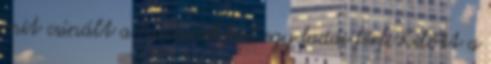
mit csinált a hulladékkal egy faddi férfi Kilőtt a